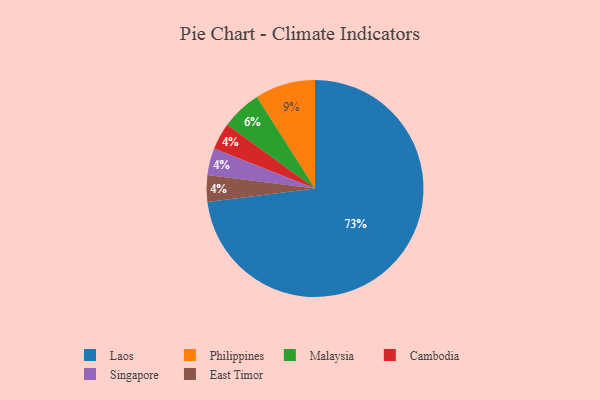
{"axis": {"x": "Category", "y": "Percentage"}, "legend": ["Cambodia", "East Timor", "Laos", "Malaysia", "Philippines", "Singapore"], "data": [{"x": "Laos", "y": 73, "type": "Laos"}, {"x": "Cambodia", "y": 4, "type": "Cambodia"}, {"x": "Philippines", "y": 9, "type": "Philippines"}, {"x": "Singapore", "y": 4, "type": "Singapore"}, {"x": "East Timor", "y": 4, "type": "East Timor"}, {"x": "Malaysia", "y": 6, "type": "Malaysia"}]}